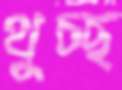
থুচ্ছ